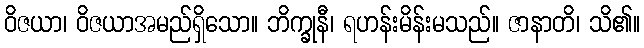
ဝိဇယာ၊ ဝိဇယာအမည်ရှိသော။ ဘိက္ခုနီ၊ ရဟန်းမိန်းမသည်။ ဇာနာတိ၊ သိ၏။